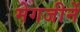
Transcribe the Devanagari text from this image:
मेगजीनें